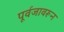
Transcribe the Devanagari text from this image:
पूर्वजावरून